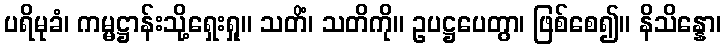
ပရိမုခံ၊ ကမ္မဋ္ဌာန်းသို့ရှေးရှု။ သတိံ၊ သတိကို။ ဥပဋ္ဌပေတွာ၊ ဖြစ်စေ၍။ နိသိန္နော၊